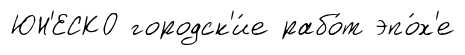
ЮН'ЕСКО городск'и́е рабо́т эпо́х'е